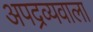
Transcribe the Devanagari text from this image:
अपद्रव्यवाला